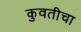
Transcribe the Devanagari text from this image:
कुवतीचा